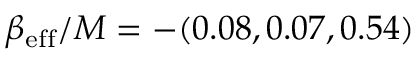
\beta _ { \mathrm { e f f } } / M = - ( 0 . 0 8 , 0 . 0 7 , 0 . 5 4 )